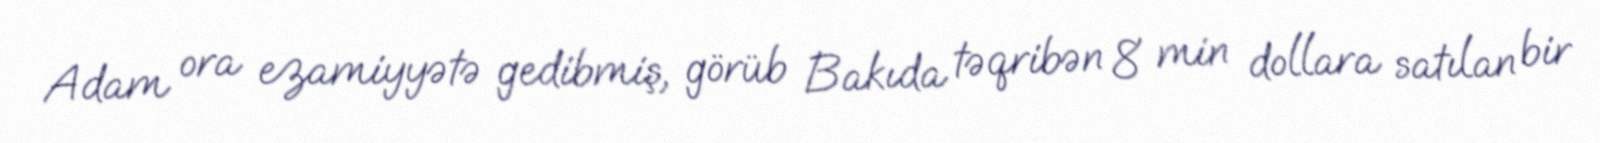
Adam ora ezamiyyətə gedibmiş, görüb Bakıda təqribən 8 min dollara satılan bir